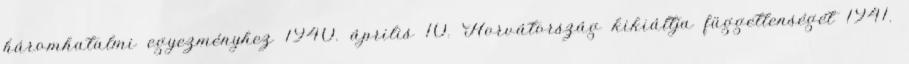
háromhatalmi egyezményhez 1940. április 10. Horvátország kikiáltja függetlenségét 1941.